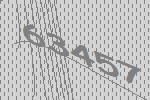
63457